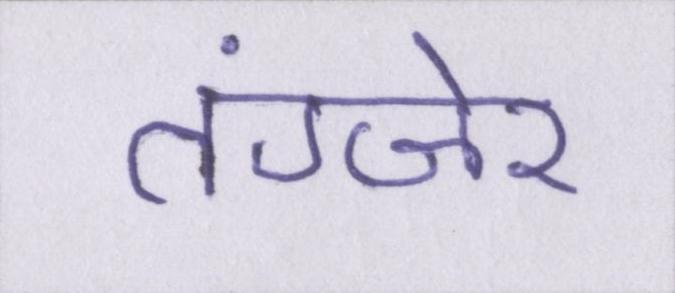
तंग्जेर